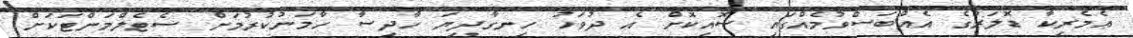
އެމެރިކާ ޑޮލަރުގެ އެއްބަސްވުމެއްގައި ސޮއިކޮށް އެ ދުވަހު ހިނގާދިޔަ ހާދިސާ ހާމަނުކުރުމަށް ސެޓެލްމަންޓަކަށް